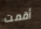
أقمت